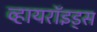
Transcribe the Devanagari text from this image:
व्हायरॉइड्स